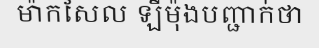
ម៉ាកសែល ឡឺម៉ុងបញ្ជាក់ថា